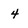
Character: 4